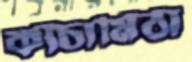
কাঁচামিঠা